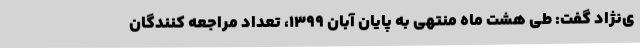
ی‌نژاد گفت: طی هشت ماه منتهی به پایان آبان 1399، تعداد مراجعه کنندگان